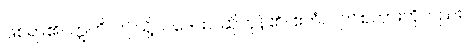
ဖြစ်ရာ၏။ ဣတိ၊ ဤသို့။ ဝဒေထ၊ ဆိုကုန်၏။ ဧတံပိ၊ ဤစကားကိုလည်း။